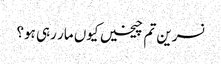
نسرین تم چیخیں کیوں مار رہی ہو؟